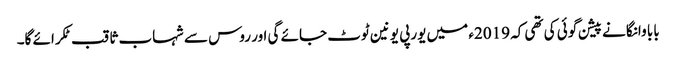
بابا وانگا نے پیشن گوئی کی تھی کہ 2019ء میں یورپی یونین ٹوٹ جائے گی اور روس سے شہاب ثاقب ٹکرائے گا۔